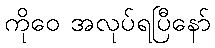
ကိုဝေ အလုပ်ရပြီနော်